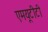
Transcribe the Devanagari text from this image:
एमयूटीटी